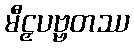
မီဠှပဗ္ဗတဿ